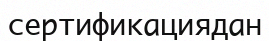
сертификациядан